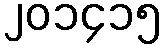
၂၀၁၄၁၅